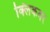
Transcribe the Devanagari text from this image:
क्लिकवर